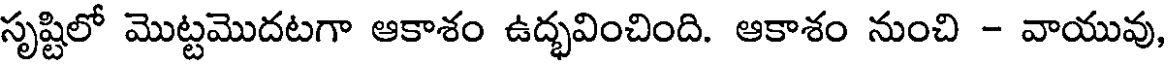
సృష్టిలో మొట్టమొదటగా ఆకాశం ఉద్భవించింది. ఆకాశం నుంచి - వాయువు,